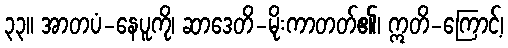
၃၃။ အာတပံ-နေပူကို၊ ဆာဒေတိ-မိုးကာတတ်၏၊ ဣတိ-ကြောင့်၊